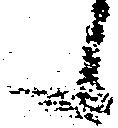
候